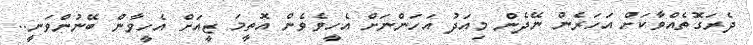
ދެރަގޮތެއްވާކަށް އަހަރެން ނޭދެން މިއަދު އަހަންނަށް އެހީވެވެން އޮތީމަ ޒީއަށް އެހީވާން ބޭނުންވަނީ..